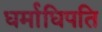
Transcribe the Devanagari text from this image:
धर्माधिपति